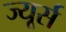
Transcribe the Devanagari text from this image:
ज्यूर्स